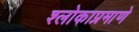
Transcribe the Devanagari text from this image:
श्लोकाप्रमाणे